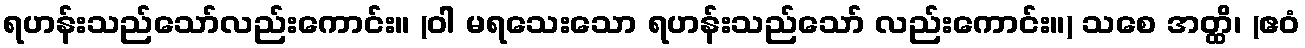
ရဟန်းသည်သော်လည်းကောင်း။ (ဝါ မရသေးသော ရဟန်းသည်သော် လည်းကောင်း။) သစေ အတ္ထိ၊ (ဧဝံ